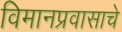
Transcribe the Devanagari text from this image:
विमानप्रवासाचे